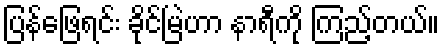
ပြန်ဖြေရင်း ခိုင်မြဲဟာ နာရီကို ကြည့်တယ်။